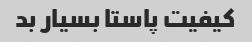
کیفیت پاستا بسیار بد